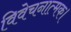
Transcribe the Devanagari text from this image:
विवेचनात्मक।